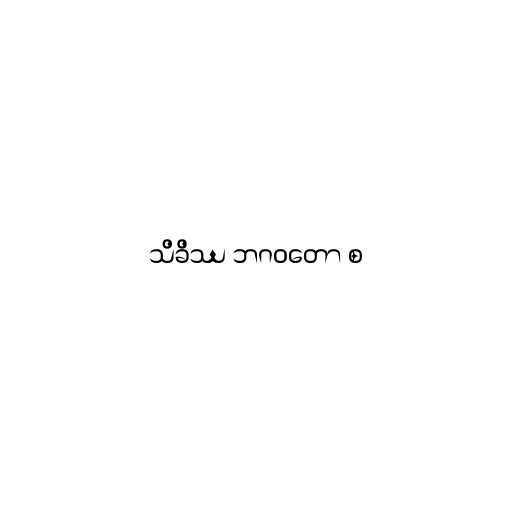
သိခိဿ ဘဂဝတော စ